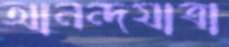
আনন্দযাত্রা